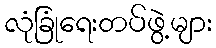
လုံခြုံရေးတပ်ဖွဲ့များ